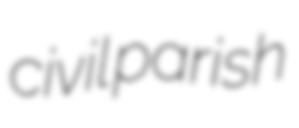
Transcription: civil parish